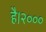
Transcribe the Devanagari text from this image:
है।२०००